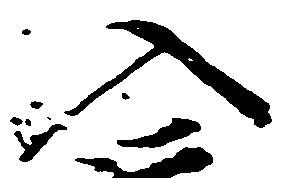
入